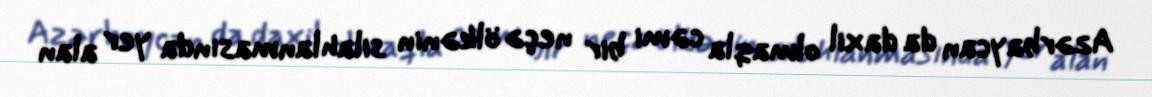
Azərbaycan da daxil olmaqla cəmi bir neçə ölkənin silahlanmasında yer alan